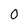
Character: 0